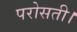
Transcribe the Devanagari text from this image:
परोसती।